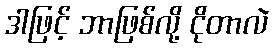
ဒါဖြင့် ဘာဖြစ်လို့ ငိုတာလဲ